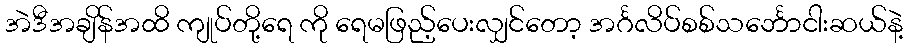
အဲဒီအချိန်အထိ ကျုပ်တို့ရေ ကို ရေမဖြည့်ပေးလျှင်တော့ အင်္ဂလိပ်စစ်သင်္ဘောငါးဆယ်နဲ့